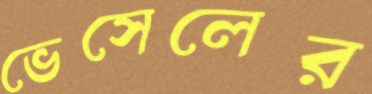
ভেসেলের